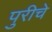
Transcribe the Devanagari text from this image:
पुरीचे